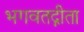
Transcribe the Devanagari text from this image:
भगवतद्गीता